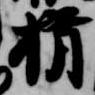
揖